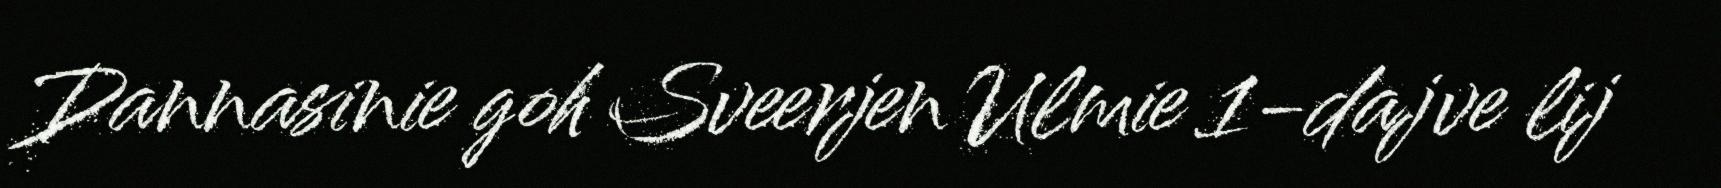
Dannasinie goh Sveerjen Ulmie 1-dajve lij